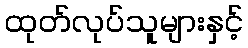
ထုတ်လုပ်သူများနှင့်